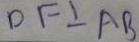
D F \bot A B